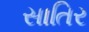
સાતિર